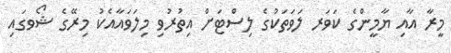
މީރާ އާއި ޔާމީންގެ ކަވަރ ލަވަތަކުގެ ލިސްޓަށް އިތުރުވި މިލަވައާއެކު މިރޭގެ ޝޯވގައި